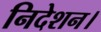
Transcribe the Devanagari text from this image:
निदेशन।